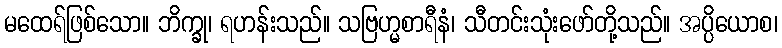
မထေရ်ဖြစ်သော။ ဘိက္ခု၊ ရဟန်းသည်။ သဗြဟ္မစာရီနံ၊ သီတင်းသုံးဖော်တို့သည်။ အပ္ပိယောစ၊